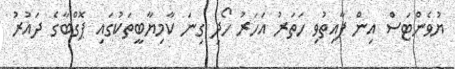
ޔުވެންޓަސް އިން ފާއިތުވި ހަތަރު އަހަރު ހޯދި ގިނަ ކާމިޔާބީތަކުގައި ޕޮގްބާގެ ދައުރު